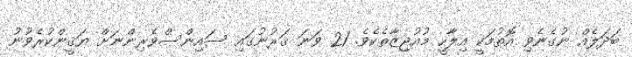
ބަދަލެއް ނުގެނެވި އޮތުމަކީ އިލާހީ މުއުޖިޒާތެކެވެ. 21 ވަނަ ޤަރުނުގައި ސައިންސްވެރިންނަށް ޔަޤީންކުރެވުނު